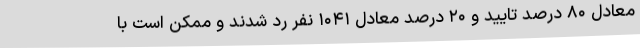
معادل ۸۰ درصد تایید و ۲۰ درصد معادل ۱۰۴۱ نفر رد شدند و ممکن است با